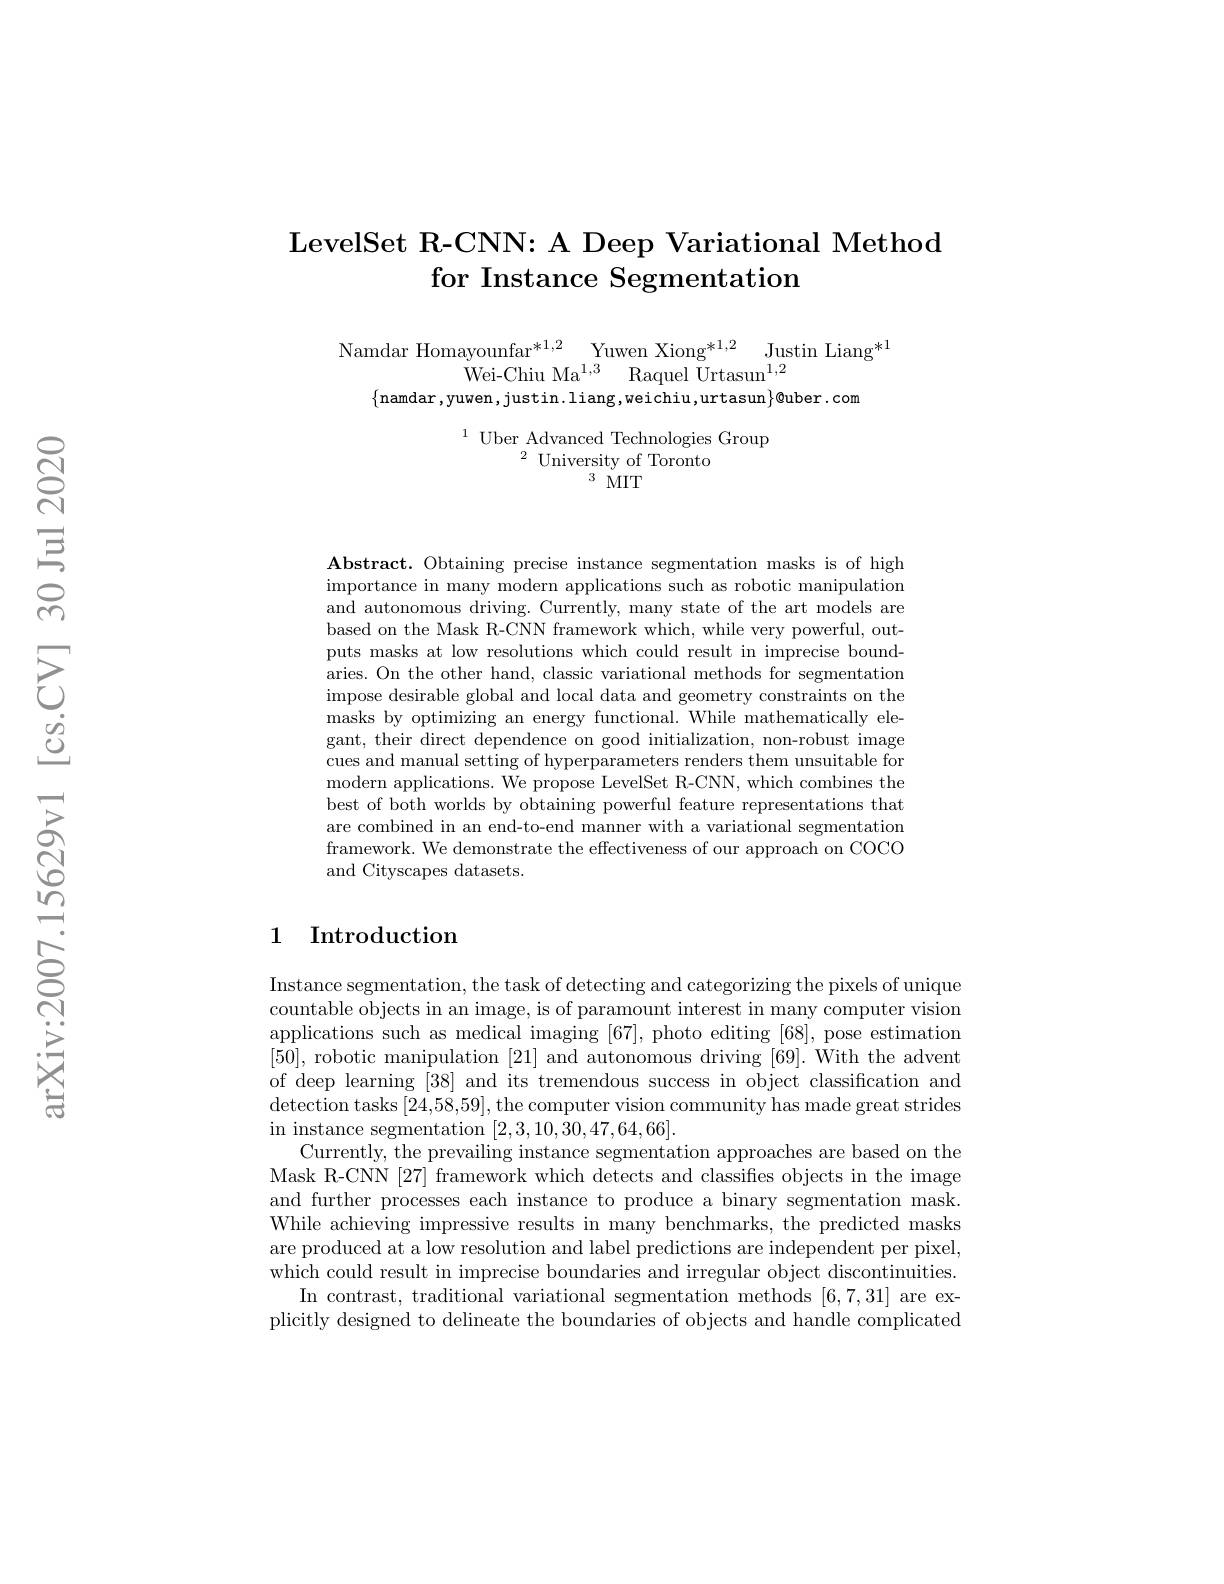
## LevelSet R-CNN: A Deep Variational Method for Instance Segmentation

$\begin{array}{c}\text{Namdar Homayounfar}^{*1,2}&\text{Yuwen Xiong}^{*1,2}&\text{Justin Liang}^{*1}\\\text{Wei-Chiu Ma}^{1,3}&\text{Raquel Urtasun}^{1,2}\end{array}$
$\{$namdar,yuwen,justin.liang,weichiu,urtasun$\}\emptyset$uber.com

$\begin{array}{cc}{1}&{\text{Uber Advanced Technologies Group}}\\{2}&{\text{University of Toronto}}\end{array}$
$3MIT$

Abstract. Obtaining precise instance segmentation masks is of high importance in many modern applications such as robotic manipulation and autonomous driving. Currently, many state of the art models are based on the Mask R-CNN framework which, while very powerful, outputs masks at low resolutions which could result in imprecise boundaries. On the other hand, classic variational methods for segmentation impose desirable global and local data and geometry constraints on the masks by optimizing an energy functional. While mathematically elegant, their direct dependence on good initialization, non-robust image cues and manual setting of hyperparameters renders them unsuitable for modern applications. We propose LevelSet R-CNN, which combines the best of both worlds by obtaining powerful feature representations that are combined in an end-to-end manner with a variational segmentation framework. We demonstrate the effectiveness of our approach on COCO and Cityscapes datasets.

### 1 Introduction

Instance segmentation, the task of detecting and categorizing the pixels of unique countable objects in an image, is of paramount interest in many computer vision applications such as medical imaging [67], photo editing [68], pose estimation [50], robotic manipulation [21] and autonomous driving [69]. With the advent of deep learning [38] and its tremendous success in object classification and detection tasks [24,58,59], the computer vision community has made great strides $\begin{array}{c}{\mathrm{in~instance~segmentation~}}&{[2,3,10,30,47,64,66]}.\end{array}$
Currently, the prevailing instance segmentation approaches are based on the Mask R-CNN [27] framework which detects and classifies objects in the image and further processes each instance to produce a binary segmentation mask. While achieving impressive results in many benchmarks, the predicted masks are produced at a low resolution and label predictions are independent per pixel, which could result in imprecise boundaries and irregular object discontinuities.
In contrast, traditional variational segmentation methods [6,7,31] are explicitly designed to delineate the boundaries of objects and handle complicated